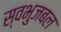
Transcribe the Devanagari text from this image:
स्वभुजबल